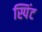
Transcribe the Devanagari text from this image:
स्पिंट